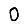
Digit: 0